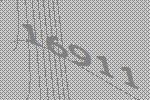
16911